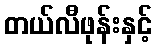
တယ်လီဖုန်းနှင့်